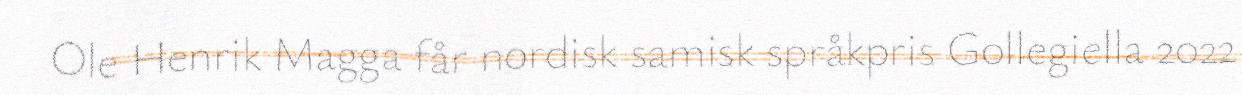
Ole Henrik Magga får nordisk samisk språkpris Gollegiella 2022